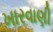
ખારવાણી